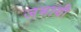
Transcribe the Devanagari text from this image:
जमायी